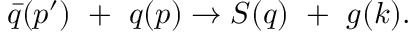
\bar { q } ( p ^ { \prime } ) ~ + ~ q ( p ) \rightarrow S ( q ) ~ + ~ g ( k ) .